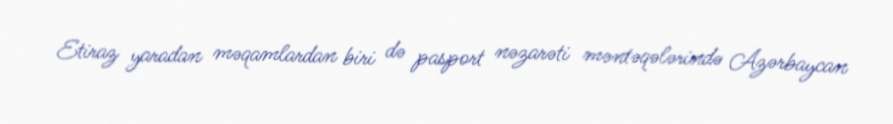
Etiraz yaradan məqamlardan biri də pasport nəzarəti məntəqələrində Azərbaycan